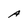
Character: A